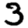
Digit: 3